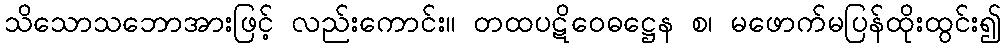
သိသောသဘောအားဖြင့် လည်းကောင်း။ တထပဋိဝေဓဋ္ဌေန စ၊ မဖောက်မပြန်ထိုးထွင်း၍